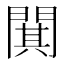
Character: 𫔥